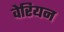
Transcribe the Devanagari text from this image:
वेरियन